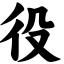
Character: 役